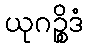
ယုဂဉ္စိဒံ